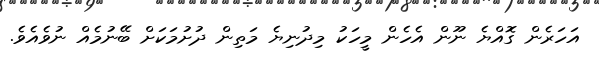
އަހަރެން ގޮއްޔެ ނޫން އެހެން މީހަކު މިދުނިޔެ މަތިން ދުށުމަކަށް ބޭނުމެއް ނުވެއެވެ.